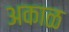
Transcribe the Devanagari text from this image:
अकाळ